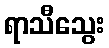
ရာသီသွေး